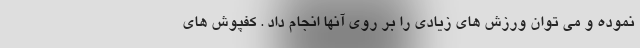
نموده و می توان ورزش های زیادی را بر روی آنها انجام داد . کفپوش های